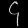
Digit: ၄